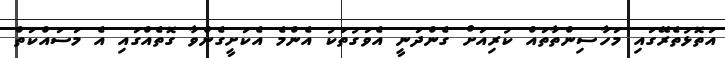
އަތޮޅުތެރޭގައި މަހާސިންތާތައް ކުރިއަށް ގެންދަނީ އެވަގުތަކު އެންމެ އެކަށީގެންވާ ގޮތެއްގައި އެ މަސައްކަތް